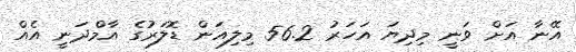
އޭނާ އަށް ވަނީ މިދިޔަ އަހަރު 56.2 މިލިއަން ޑޮލަރުގެ އާމްދަނީ އެއް